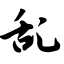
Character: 乱